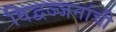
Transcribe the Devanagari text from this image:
विद्वज्जनांची